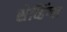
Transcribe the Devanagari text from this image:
सेव्हिंग्स